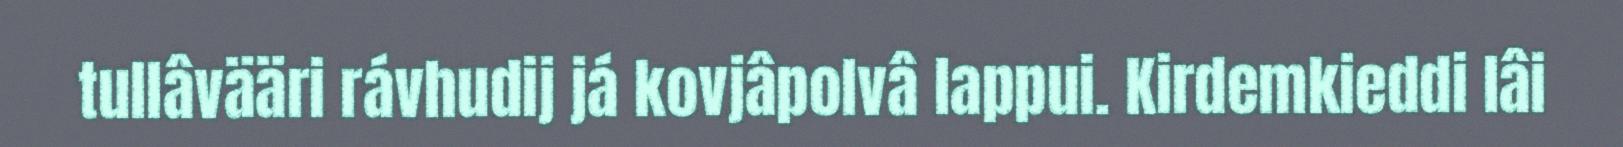
tullâvääri rávhudij já kovjâpolvâ lappui. Kirdemkieddi lâi